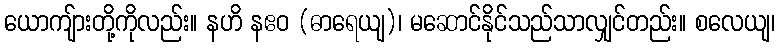
ယောကျ်ားတို့ကိုလည်း။ နဟိ နဧဝ (ဓာရေယျ)၊ မဆောင်နိုင်သည်သာလျှင်တည်း။ စလေယျ၊